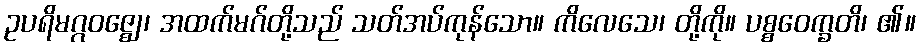
ဥပရိမဂ္ဂဝဇ္ဈေ၊ အထက်မဂ်တို့သည် သတ်အပ်ကုန်သော။ ကိလေသေ၊ တို့ကို။ ပစ္စဝေက္ခတိ၊ ၏။